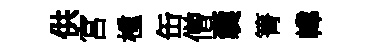
供宮㮔缶僧囊箐幃